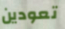
تعودين